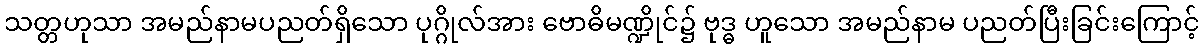
သတ္တဟုသာ အမည်နာမပညတ်ရှိသော ပုဂ္ဂိုလ်အား ဗောဓိမဏ္ဍိုင်၌ ဗုဒ္ဓ ဟူသော အမည်နာမ ပညတ်ပြီးခြင်းကြောင့်